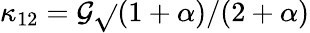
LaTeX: \kappa_{12}=\mathcal{G}\sqrt{}{{(1+\alpha)/(2+\alpha)}}